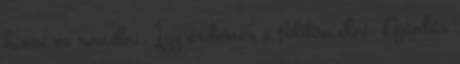
hinni és remélni, Így érdemes a földön élni. Ajánlás